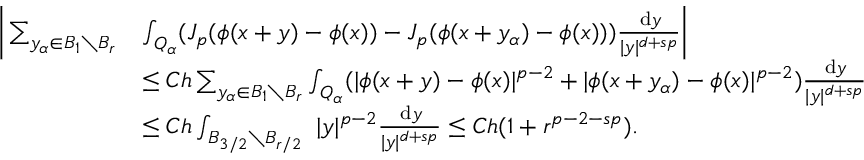
\begin{array} { r l } { \bigg | \sum _ { y _ { \alpha } \in B _ { 1 } \setminus B _ { r } } } & { \int _ { Q _ { \alpha } } ( J _ { p } ( \phi ( x + y ) - \phi ( x ) ) - J _ { p } ( \phi ( x + y _ { \alpha } ) - \phi ( x ) ) ) \frac { \, \mathrm { d } y } { | y | ^ { d + s p } } \bigg | } \\ & { \leq C h \sum _ { y _ { \alpha } \in B _ { 1 } \setminus B _ { r } } \int _ { Q _ { \alpha } } ( | \phi ( x + y ) - \phi ( x ) | ^ { p - 2 } + | \phi ( x + y _ { \alpha } ) - \phi ( x ) | ^ { p - 2 } ) \frac { \, \mathrm { d } y } { | y | ^ { d + s p } } } \\ & { \leq C h \int _ { B _ { 3 / 2 } \setminus B _ { r / 2 } } \ | y | ^ { p - 2 } \frac { \, \mathrm { d } y } { | y | ^ { d + s p } } \leq C h ( 1 + r ^ { p - 2 - s p } ) . } \end{array}